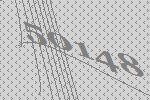
50148